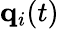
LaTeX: {\mathbf q}_{i}(t)